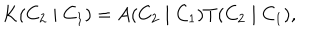
K ( C _ { 2 } \mid C _ { 1 } ) = A ( C _ { 2 } \mid C _ { 1 } ) T ( C _ { 2 } \mid C _ { 1 } ) ,